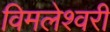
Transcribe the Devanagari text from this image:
विमलेश्वरी